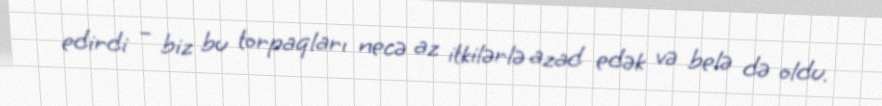
edirdi – biz bu torpaqları necə az itkilərlə azad edək və belə də oldu.